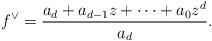
LaTeX: \begin{gather*}f^\vee=\frac{a_d+a_{d-1}z+\dots+a_0z^d}{a_d}.\end{gather*}